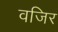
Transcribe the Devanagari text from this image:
वजिर